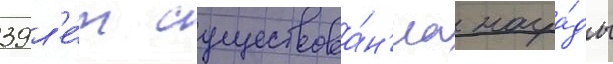
39 л'е́т существова́н'иа награ́ды